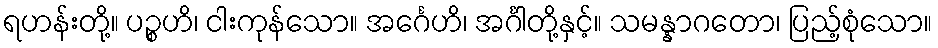
ရဟန်းတို့။ ပဉ္စဟိ၊ ငါးကုန်သော။ အင်္ဂေဟိ၊ အင်္ဂါတို့နှင့်။ သမန္နာဂတော၊ ပြည့်စုံသော။